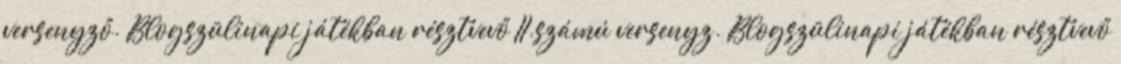
versenyző. Blogszülinapi játékban résztvevő II.számú versenyz. Blogszülinapi játékban résztvevő